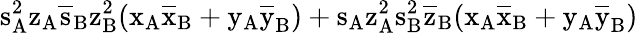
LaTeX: \mathrm{s_{A}^{2}\mathrm{z_{A}\mathrm{\overline{{s}}_{B}\mathrm{z_{B}^{2}(\mathrm{x_{A}\mathrm{\overline{{x}}_{B}+\mathrm{y_{A}\mathrm{\overline{{y}}_{B})+\mathrm{s_{A}\mathrm{z_{A}^{2}\mathrm{s_{B}^{2}\mathrm{\overline{{z}}_{B}(\mathrm{x_{A}\mathrm{\overline{{x}}_{B}+\mathrm{y_{A}\mathrm{\overline{{y}}_{B})}}}}}}}}}}}}}}}}